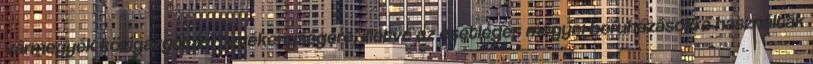
vármegyék közigazgatási tevékenységére, illetve az esetleges megyei beruházásokra használták